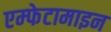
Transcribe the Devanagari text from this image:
एम्फेटामाइन